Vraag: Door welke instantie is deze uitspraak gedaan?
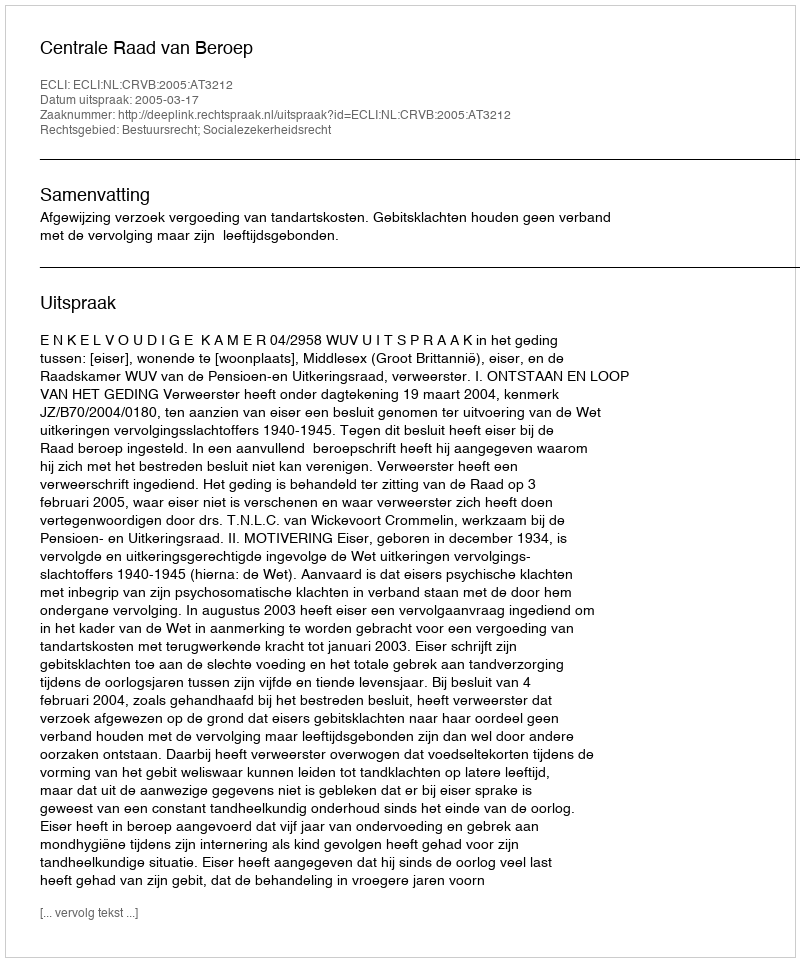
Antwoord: Centrale Raad van Beroep